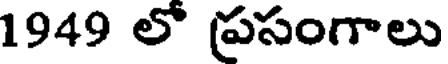
1949 లో ప్రసంగాలు